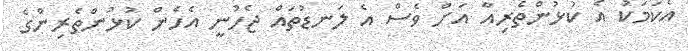
އެކަމަކު އެ ކުޅުންތެރިއާ އަށް ވެސް އެ ލަނޑުތައް ޖެހުނީ އެހެން ކުޅުންތެރިންގެ